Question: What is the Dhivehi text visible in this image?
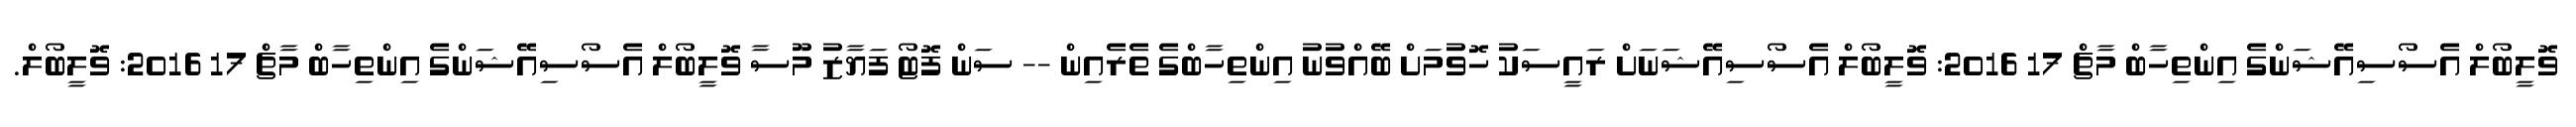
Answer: ވޮލީބޯލް އެސޯސިއޭޝަންގެ އިންތިހާބް މާޗް 17 2016: ވޮލީބޯލް އެސޯސިއޭޝަނަށް ރައީސަކު ހޮވުމަށް ބޭއްވުނު އިންތިހާބްގެ ތެރެއިން -- ސަން ފޮޓޯ ފަޔާޒު މޫސާ ވޮލީބޯލް އެސޯސިއޭޝަންގެ އިންތިހާބް މާޗް 17 2016: ވޮލީބޯލް.